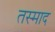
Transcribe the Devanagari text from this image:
तस्माद